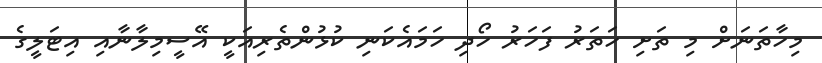
މިހާތަނަށް މި ތަށި ހަތަރު ފަހަރު ހޯދި ހަމައެކަނި ކުޅުންތެރިއަކީ އޭސީމިލާނާއި އިޓަލީގެ